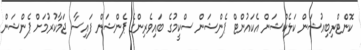
ކޮންޓްރިބިއުޝަން ކަލެކްޝަން އެކައުންޓް ޕެންޝަން ސްކީމުގެ ބައިވެރިންގެ ޕެންޝަން ފައިސާ ޖަމާކުރުމަށް ޕެންޝަން